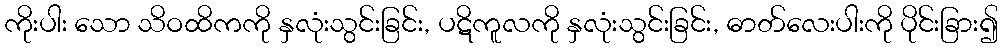
ကိုးပါး သော သိဝထိကကို နှလုံးသွင်းခြင်း, ပဋိကူလကို နှလုံးသွင်းခြင်း, ဓာတ်လေးပါးကို ပိုင်းခြား၍